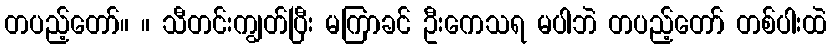
တပည့်တော်။ ။ သီတင်းကျွတ်ပြီး မကြာခင် ဦးကေသရ မပါဘဲ တပည့်တော် တစ်ပါးထဲ